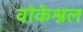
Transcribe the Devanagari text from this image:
वोकेश्नल